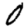
Digit: 0